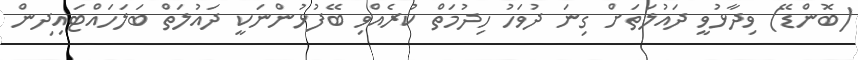
(ބޮންޑޭ) ވިދާޅުވީ ދައުލަތަށް ގިނަ ދުވަހު ހިދުމަތް ކުރެއްވި ބޭފުޅުންނަކީ ދައުލަތް ބަލަހައްޓައިދިން